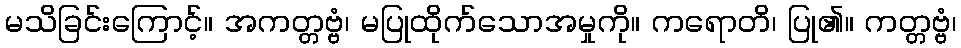
မသိခြင်းကြောင့်။ အကတ္တဗ္ဗံ၊ မပြုထိုက်သောအမှုကို။ ကရောတိ၊ ပြု၏။ ကတ္တဗ္ဗံ၊